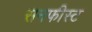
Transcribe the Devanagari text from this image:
सनफीस्ट